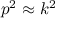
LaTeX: p ^ { 2 } \approx k ^ { 2 }